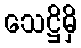
သေဋ္ဌိမှိ